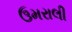
ઉમરાલી